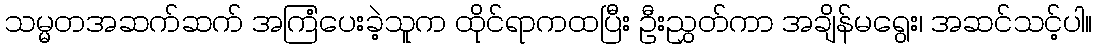
သမ္မတအဆက်ဆက် အကြံပေးခဲ့သူက ထိုင်ရာကထပြီး ဦးညွှတ်ကာ အချိန်မရွေး၊ အဆင်သင့်ပါ။